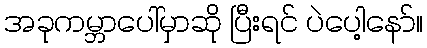
အခုကမ္ဘာပေါ်မှာဆို ပြီးရင် ပဲပေါ့နော်။